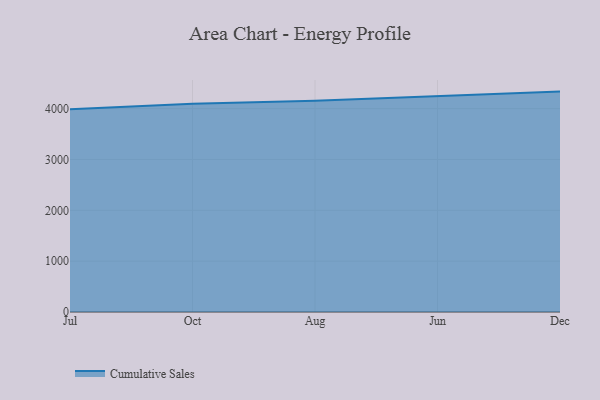
{"axis": {"x": "Month", "y": "Tickets Resolved"}, "legend": ["Cumulative Sales"], "data": [{"x": "Jul", "y": 3989.2, "type": "Cumulative Sales"}, {"x": "Oct", "y": 4094.5, "type": "Cumulative Sales"}, {"x": "Aug", "y": 4154.4, "type": "Cumulative Sales"}, {"x": "Jun", "y": 4250.0, "type": "Cumulative Sales"}, {"x": "Dec", "y": 4334.7, "type": "Cumulative Sales"}]}